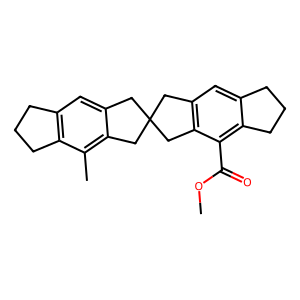
SMILES: COC(=O)c1c2c(cc3c1CC1(Cc4cc5c(c(C)c4C1)CCC5)C3)CCC2
Inhibits HIV replication: No